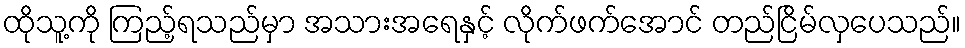
ထိုသူ့ကို ကြည့်ရသည်မှာ အသားအရေနှင့် လိုက်ဖက်အောင် တည်ငြိမ်လှပေသည်။